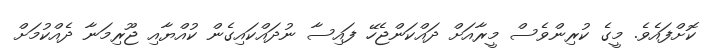
ކޮށްފައެވެ. މީގެ ކުރިންވެސް މީރާއަށް ދައްކަންޖެހޭ ފައިސާ ނުދައްކައިގެން ކުއްޔާއި ޖޫރިމަނާ ދެއްކުމަށް